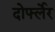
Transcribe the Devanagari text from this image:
दोर्फ्लेर